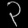
Digit: ၃